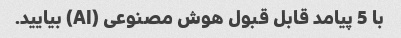
با 5 پیامد قابل قبول هوش مصنوعی (AI) بیایید.